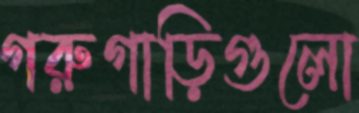
গরুগাড়িগুলো